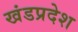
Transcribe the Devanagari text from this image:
खंडप्रदेश